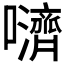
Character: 𫬵